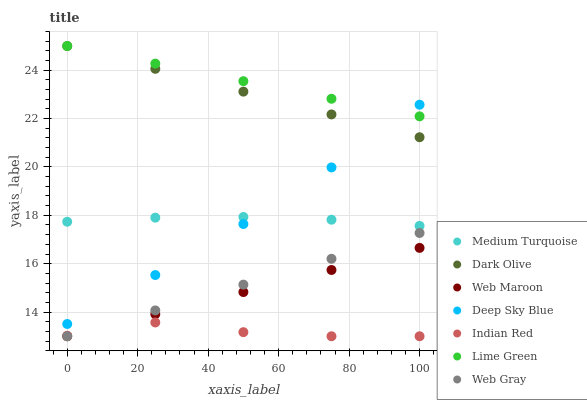
| xaxis_label | Medium Turquoise | Dark Olive | Web Maroon | Deep Sky Blue | Indian Red | Lime Green | Web Gray |
 | --- | --- | --- | --- | --- | --- | --- | --- |
 | 0 | 17.7 | 25 | 13 | 13.5 | 13 | 25 | 13 |
 | 25 | 17.9 | 24.1 | 13.9 | 15.5 | 13.6 | 24.3 | 14.1 |
 | 50 | 17.9 | 23.1 | 14.8 | 17.6 | 13.2 | 23.5 | 15.1 |
 | 75 | 17.8 | 22.2 | 15.7 | 20 | 13 | 22.8 | 16.2 |
 | 100 | 17.6 | 21.2 | 16.7 | 22.6 | 13 | 22.1 | 17.3 |